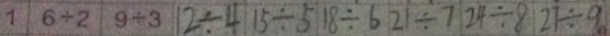
1 6 \div 2 9 + 3 1 2 \div 4 1 5 \div 5 1 8 \div 6 2 1 \div 7 2 4 \div 8 2 7 \div 9